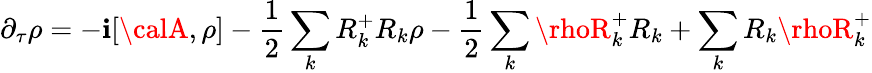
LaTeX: \partial_{\tau}\rho=-\mathbf{i}[{\calA},\rho]-\frac{{1}}{{2}}\sum_{k}R_{k}^{+}R_{k}\rho-\frac{{1}}{{2}}\sum_{k}\rhoR_{k}^{+}R_{k}+\sum_{k}R_{k}\rhoR_{k}^{+}